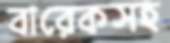
বারেকসহ